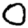
Digit: 0